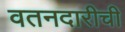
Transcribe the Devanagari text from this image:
वतनदारीची